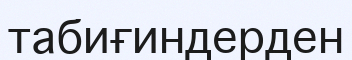
табиғиндерден